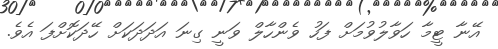
އޭނާ ޓީމާ ހަވާލުވުމަށް ފަހު ވެންހާލް ވަނީ ގިނަ އަދަދަކަށް ހޭދަކޮށްފަ އެވެ.